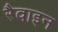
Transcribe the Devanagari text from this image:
रैवाइन